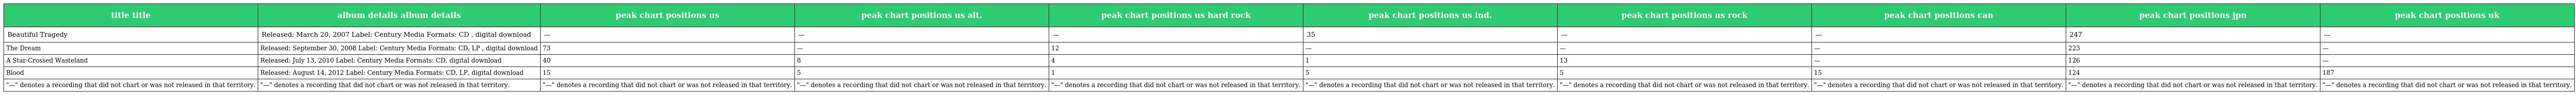
| title title | album details album details | peak chart positions us | peak chart positions us alt. | peak chart positions us hard rock | peak chart positions us ind. | peak chart positions us rock | peak chart positions can | peak chart positions jpn | peak chart positions uk |
 | --- | --- | --- | --- | --- | --- | --- | --- | --- | --- |
 | Beautiful Tragedy | Released: March 20, 2007 Label: Century Media Formats: CD , digital download | — | — | — | 35 | — | — | 247 | — |
 | The Dream | Released: September 30, 2008 Label: Century Media Formats: CD, LP , digital download | 73 | — | 12 | — | — | — | 223 | — |
 | A Star-Crossed Wasteland | Released: July 13, 2010 Label: Century Media Formats: CD, digital download | 40 | 8 | 4 | 1 | 13 | — | 126 | — |
 | Blood | Released: August 14, 2012 Label: Century Media Formats: CD, LP, digital download | 15 | 5 | 1 | 5 | 5 | 15 | 124 | 187 |
 | "—" denotes a recording that did not chart or was not released in that territory. | "—" denotes a recording that did not chart or was not released in that territory. | "—" denotes a recording that did not chart or was not released in that territory. | "—" denotes a recording that did not chart or was not released in that territory. | "—" denotes a recording that did not chart or was not released in that territory. | "—" denotes a recording that did not chart or was not released in that territory. | "—" denotes a recording that did not chart or was not released in that territory. | "—" denotes a recording that did not chart or was not released in that territory. | "—" denotes a recording that did not chart or was not released in that territory. | "—" denotes a recording that did not chart or was not released in that territory. |